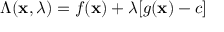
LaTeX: \Lambda ( \mathbf { x } , \lambda ) = f ( \mathbf { x } ) + \lambda [ g ( \mathbf { x } ) - c ]